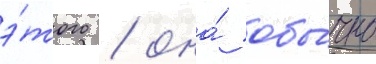
э́того / она́ обы́чно